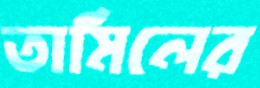
তামিলের